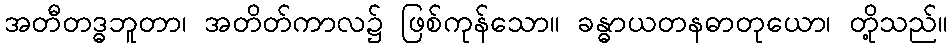
အတီတဒ္ဓဘူတာ၊ အတိတ်ကာလ၌ ဖြစ်ကုန်သော။ ခန္ဓာယတနဓာတုယော၊ တို့သည်။